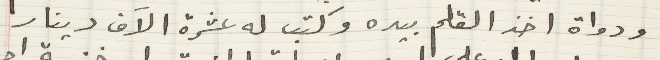
ودواة اخذ القلم بيده وكتب له عشرة الاَف دينار